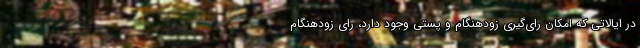
در ایالاتی که امکان رای‌گیری زودهنگام و پستی وجود دارد، رای زودهنگام